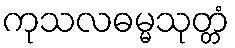
ကုသလဓမ္မသုတ္တံ